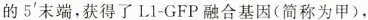
的5‘末端，获得了L1-GFP融合基因(简称为甲)，